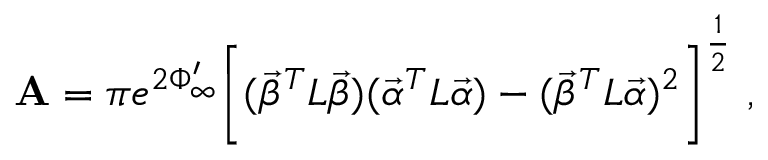
{ \bf A } = \pi e ^ { 2 \Phi _ { \infty } ^ { \prime } } \bigg [ ( { \vec { \beta } } ^ { T } L { \vec { \beta } } ) ( { \vec { \alpha } } ^ { T } L { \vec { \alpha } } ) - ( { \vec { \beta } } ^ { T } L { \vec { \alpha } } ) ^ { 2 } \bigg ] ^ { \frac { 1 } { 2 } } \ ,